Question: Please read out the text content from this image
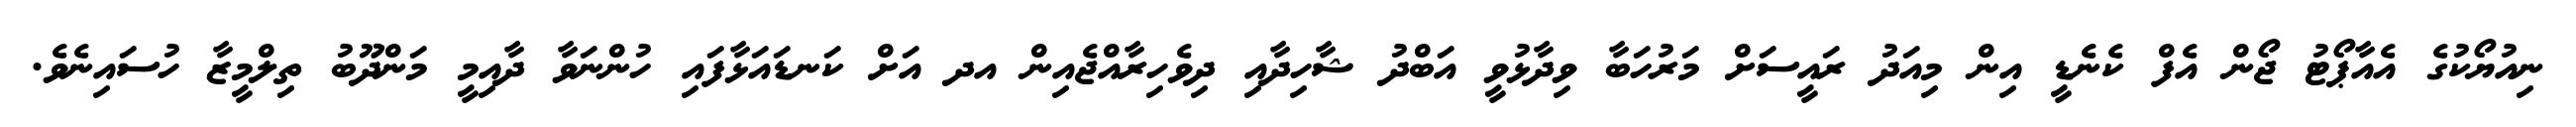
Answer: ނިއުޔޯކުގެ އެއާޕޯޓު ޖޯން އެފް ކެނެޑީ އިން މިއަދު ރައީސަށް މަރުހަބާ ވިދާޅުވީ އަބްދު ޝާހިދާއި ދިވެހިރާއްޖެއިން އދ އަށް ކަނޑައަޅާފައި ހުންނަވާ ދާއިމީ މަންދޫބު ތިލްމީޒާ ހުސައިނެވެ.